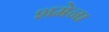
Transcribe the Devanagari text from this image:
शमेना